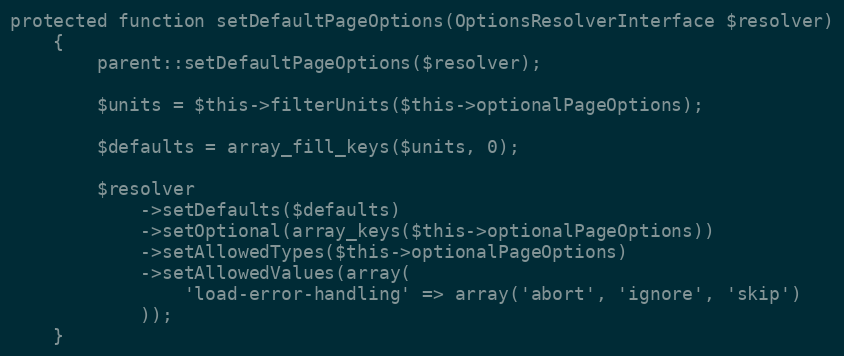
Language: PHP
protected function setDefaultPageOptions(OptionsResolverInterface $resolver)
    {
        parent::setDefaultPageOptions($resolver);

        $units = $this->filterUnits($this->optionalPageOptions);

        $defaults = array_fill_keys($units, 0);

        $resolver
            ->setDefaults($defaults)
            ->setOptional(array_keys($this->optionalPageOptions))
            ->setAllowedTypes($this->optionalPageOptions)
            ->setAllowedValues(array(
                'load-error-handling' => array('abort', 'ignore', 'skip')
            ));
    }